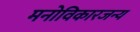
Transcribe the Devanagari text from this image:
मनोविकारजन्य